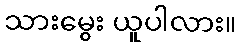
သားမွေး ယူပါလား။